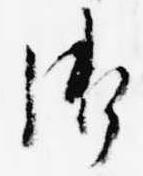
御